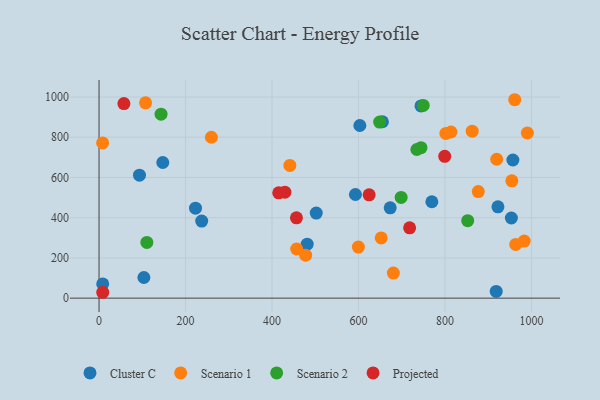
{"axis": {"x": "Investment", "y": "Exam Score"}, "legend": ["Cluster C", "Projected", "Scenario 1", "Scenario 2"], "data": [{"x": "769.6", "y": 479.1, "type": "Cluster C"}, {"x": "744.5", "y": 955.4, "type": "Cluster C"}, {"x": "655.3", "y": 876.9, "type": "Cluster C"}, {"x": "93.5", "y": 611.5, "type": "Cluster C"}, {"x": "8.5", "y": 70.7, "type": "Cluster C"}, {"x": "147.4", "y": 674.2, "type": "Cluster C"}, {"x": "673.3", "y": 449.0, "type": "Cluster C"}, {"x": "592.9", "y": 515.1, "type": "Cluster C"}, {"x": "237.4", "y": 382.9, "type": "Cluster C"}, {"x": "502.3", "y": 423.1, "type": "Cluster C"}, {"x": "957.0", "y": 686.6, "type": "Cluster C"}, {"x": "481.3", "y": 268.4, "type": "Cluster C"}, {"x": "918.4", "y": 33.4, "type": "Cluster C"}, {"x": "103.7", "y": 102.7, "type": "Cluster C"}, {"x": "953.5", "y": 398.3, "type": "Cluster C"}, {"x": "922.4", "y": 454.0, "type": "Cluster C"}, {"x": "603.1", "y": 858.3, "type": "Cluster C"}, {"x": "223.1", "y": 447.4, "type": "Cluster C"}, {"x": "954.6", "y": 583.3, "type": "Scenario 1"}, {"x": "680.6", "y": 124.6, "type": "Scenario 1"}, {"x": "652.5", "y": 299.4, "type": "Scenario 1"}, {"x": "599.7", "y": 253.9, "type": "Scenario 1"}, {"x": "862.9", "y": 830.1, "type": "Scenario 1"}, {"x": "919.6", "y": 690.3, "type": "Scenario 1"}, {"x": "802.0", "y": 818.9, "type": "Scenario 1"}, {"x": "477.7", "y": 213.7, "type": "Scenario 1"}, {"x": "877.0", "y": 529.5, "type": "Scenario 1"}, {"x": "8.3", "y": 771.5, "type": "Scenario 1"}, {"x": "961.2", "y": 986.3, "type": "Scenario 1"}, {"x": "107.6", "y": 971.0, "type": "Scenario 1"}, {"x": "990.5", "y": 820.8, "type": "Scenario 1"}, {"x": "963.6", "y": 267.2, "type": "Scenario 1"}, {"x": "457.0", "y": 244.4, "type": "Scenario 1"}, {"x": "983.2", "y": 283.6, "type": "Scenario 1"}, {"x": "441.3", "y": 659.9, "type": "Scenario 1"}, {"x": "259.8", "y": 799.8, "type": "Scenario 1"}, {"x": "813.8", "y": 825.8, "type": "Scenario 1"}, {"x": "734.9", "y": 738.8, "type": "Scenario 2"}, {"x": "749.7", "y": 958.0, "type": "Scenario 2"}, {"x": "698.6", "y": 500.6, "type": "Scenario 2"}, {"x": "648.9", "y": 875.3, "type": "Scenario 2"}, {"x": "852.5", "y": 385.3, "type": "Scenario 2"}, {"x": "744.5", "y": 748.2, "type": "Scenario 2"}, {"x": "110.6", "y": 276.9, "type": "Scenario 2"}, {"x": "143.4", "y": 914.6, "type": "Scenario 2"}, {"x": "718.2", "y": 349.6, "type": "Projected"}, {"x": "456.5", "y": 399.4, "type": "Projected"}, {"x": "415.5", "y": 523.4, "type": "Projected"}, {"x": "57.5", "y": 967.4, "type": "Projected"}, {"x": "799.4", "y": 705.1, "type": "Projected"}, {"x": "429.8", "y": 526.8, "type": "Projected"}, {"x": "8.6", "y": 29.2, "type": "Projected"}, {"x": "624.6", "y": 513.6, "type": "Projected"}]}